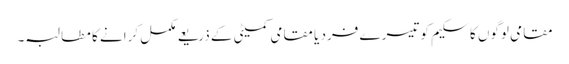
مقامی لوگوں کا سکیم کو تیسرے فرد یا مقامی کمیٹی کے ذریعے مکمل کرانے کا مطالبہ۔